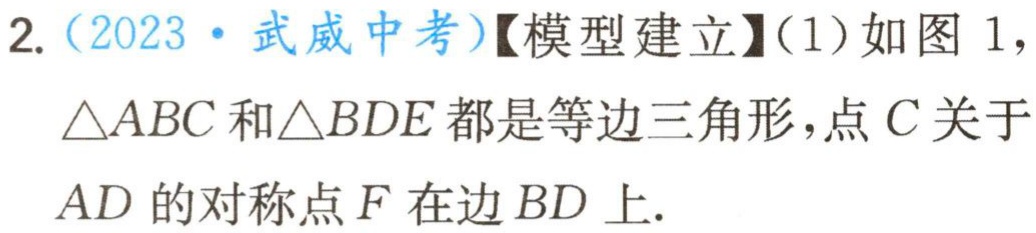
2.（2023·武威中考）【模型建立】（1）如图1，
$\triangle ABC$和$\triangle BDE$都是等边三角形，点$C$关于
$AD$的对称点$F$在边$BD$上.